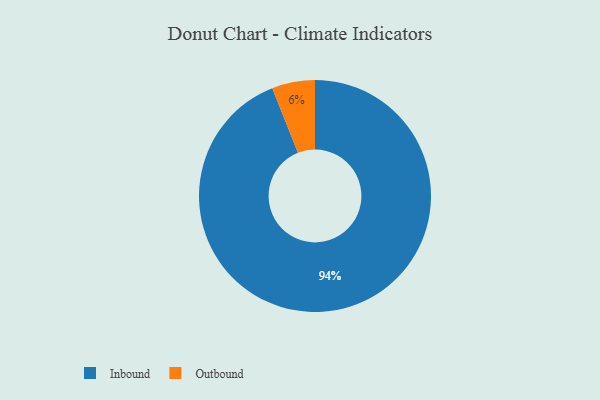
{"axis": {"x": "Category", "y": "Percentage"}, "legend": ["Inbound", "Outbound"], "data": [{"x": "Outbound", "y": 6, "type": "Outbound"}, {"x": "Inbound", "y": 94, "type": "Inbound"}]}